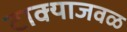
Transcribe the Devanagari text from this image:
टाक्याजवळ